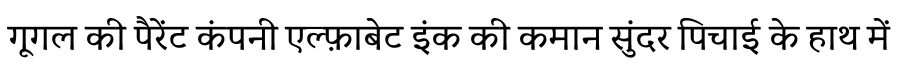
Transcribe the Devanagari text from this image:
गूगल की पैरेंट कंपनी एल्फ़ाबेट इंक की कमान सुंदर पिचाई के हाथ में